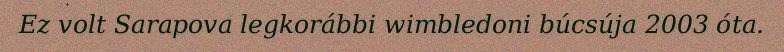
Ez volt Sarapova legkorábbi wimbledoni búcsúja 2003 óta.